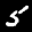
Label: 5